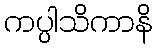
ကပ္ပါသိကာနိ